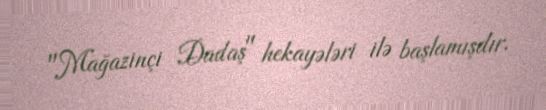
"Mağazinçi Dadaş" hekayələri ilə başlamışdır.